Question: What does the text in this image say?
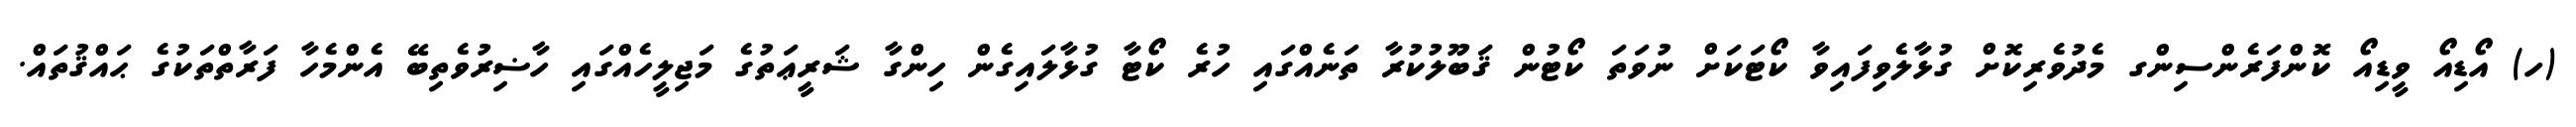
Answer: (ހ) އޯޑިއޯ ވީޑިއޯ ކޮންފަރެންސިންގ މެދުވެރިކޮށް ގުޅާލެވިފައިވާ ކޯޓަކަށް ނުވަތަ ކޯޓުން ޤަބޫލުކުރާ ތަނެއްގައި ހުރެ ކޯޓާ ގުޅާލައިގެން ހިންގާ ޝަރީޢަތުގެ މަޖިލީހެއްގައި ހާޟިރުވެތިބޭ އެންމެހާ ފަރާތްތަކުގެ ޙައްޤުތައް.